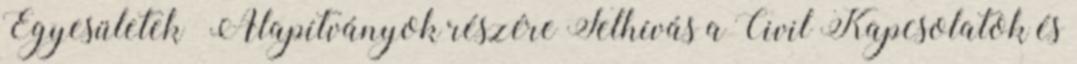
Egyesületek Alapítványok részére Felhívás a Civil Kapcsolatok és